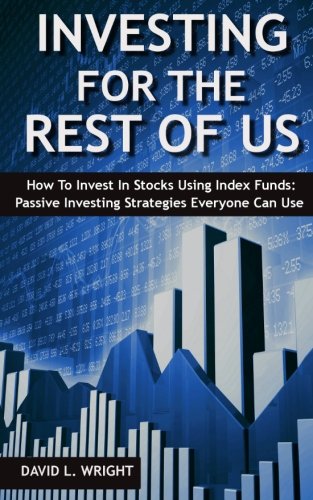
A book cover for Investing For The Rest Of Us: How To Invest In Stocks Using Index Funds: Passive Investing Strategies Everyone Can Use; David L. Wright; Business & Money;